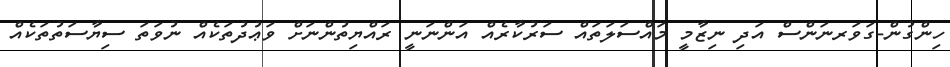
ހިންގުން-ގަވަރނަންސް އަދި ނިޒާމީ މައްސަލަތައް ސަރުކާރެއް އަންނަނީ ރައްޔިތުންނަށް ވަޢުދުތަކެއް ނުވަތަ ސިޔާސަތުތަކެއް